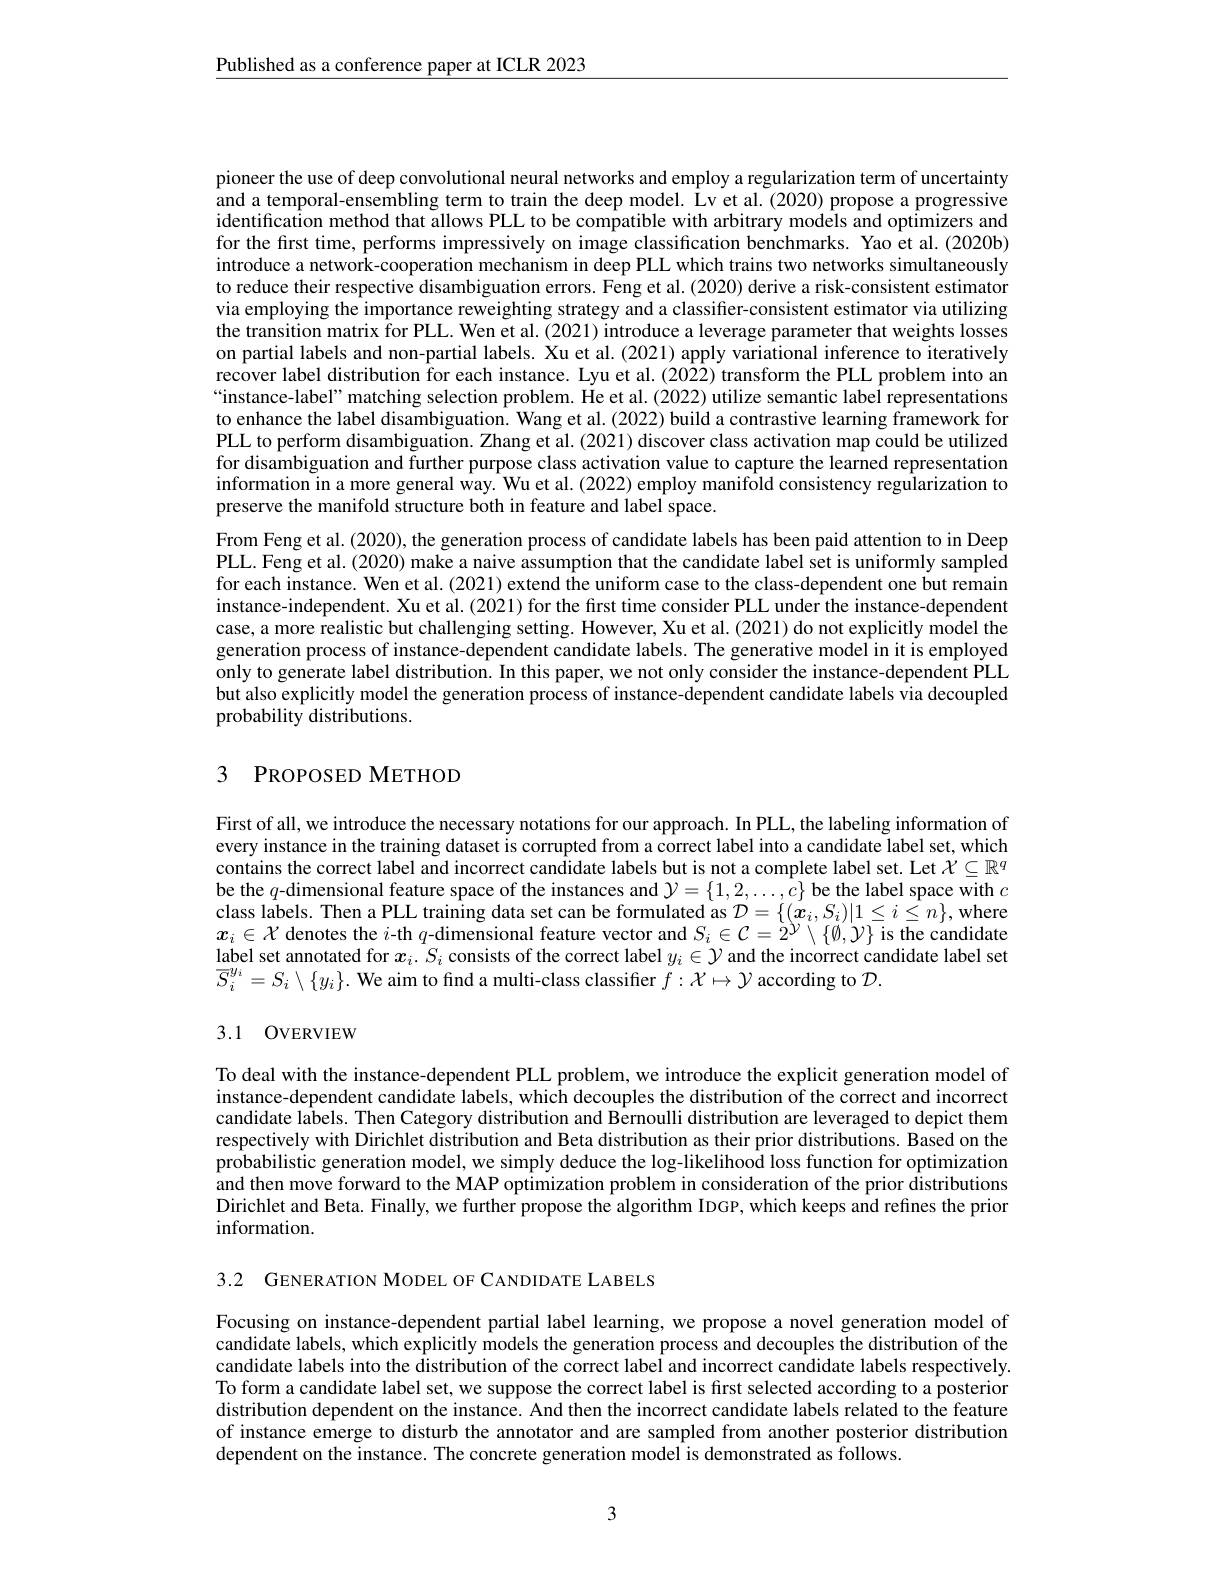
$\underline{\text{Published as a conference paper at ICLR 2023}}$

pioneer the use of deep convolutional neural networks and employ a regularization term of uncertainty and a temporal-ensembling term to train the deep model. Lv et al. (2020) propose a progressive identification method that allows PLL to be compatible with arbitrary models and optimizers and for the first time, performs impressively on image classification benchmarks. Yao et al.(2020b) introduce a network-cooperation mechanism in deep PLL which trains two networks simultaneously to reduce their respective disambiguation errors. Feng et al. (2020) derive a risk-consistent estimator via employing the importance reweighting strategy and a classifier-consistent estimator via utilizing the transition matrix for PLL. Wen et al. (2021) introduce a leverage parameter that weights losses on partial labels and non-partial labels. Xu et al.(2021) apply variational inference to iteratively recover label distribution for each instance. Lyu et al.(2022) transform the PLL problem into an “instance-label” matching selection problem. He et al. (2022) utilize semantic label representations to enhance the label disambiguation. Wang et al. (2022) build a contrastive learning framework for PLL to perform disambiguation. Zhang et al. (2021) discover class activation map could be utilized for disambiguation and further purpose class activation value to capture the learned representation information in a more general way. Wu et al. (2022) employ manifold consistency regularization to preserve the manifold structure both in feature and label space.
From Feng et al. (2020), the generation process of candidate labels has been paid attention to in Deep PLL. Feng et al. (2020) make a naive assumption that the candidate label set is uniformly sampled for each instance. Wen et al. (2021) extend the uniform case to the class-dependent one but remain instance-independent. Xu et al.(2021) for the first time consider PLL under the instance-dependent case, a more realistic but challenging setting. However, Xu et al. (2021) do not explicitly model the generation process of instance-dependent candidate labels. The generative model in it is employed only to generate label distribution. In this paper, we not only consider the instance-dependent PLL but also explicitly model the generation process of instance-dependent candidate labels via decoupled probability distributions.

## 3 PROPOSED METHOD

First of all, we introduce the necessary notations for our approach. In PLL, the labeling information of every instance in the training dataset is corrupted from a correct label into a candidate label set, which contains the correct label and incorrect candidate labels but is not a complete label set. Let $\mathcal{X}\subseteq\mathbb{R}^q$ be the $q$-dimensional feature space of the instances and $\mathcal{Y}=\{1,2,\ldots,c\}$ be the label space with $c$ class labels. Then a PLL training data set can be formulated as $\mathcal{D}=\{(\tilde{x}_i,S_i)|1\leq i\leq n\}$, where $x_i\in\mathcal{X}$ denotes the $i$-th $q$-dimensional feature vector and $S_i\in\mathcal{C}=2^{\mathcal{Y}}\setminus\{\emptyset,\mathcal{Y}\}$ is the candidate label set annotated for $x_i.S_i$ consists of the correct label $y_i\in\mathcal{Y}$ and the incorrect candidate label set $\overline{S}_{i}^{y_{i}}=S_{i}\setminus\{y_{i}\}.$ We aim to find a multi-class classifier $f:\mathcal{X}\mapsto\mathcal{Y}$ according to $\mathcal{D}.$

## 3.1 OVERVIEW

To deal with the instance-dependent PLL problem, we introduce the explicit generation model of instance-dependent candidate labels, which decouples the distribution of the correct and incorrect candidate lâbels. Then Category distribution and Bernoulli distribution are leveraged to depict them respectively with Dirichlet distribution and Beta distribution as their prior distributions. Based on the probabilistic generation model, we simply deduce the log-likelihood loss function for optimization and then move forward to the MAP optimization problem in consideration of the prior distributions Dirichlet and Beta. Finally, we further propose the algorithm IDGP, which keeps and refines the prior information.

3.2 GENERATION MODEL OF CANDIDATE LABELS

Focusing on instance-dependent partial label learning, we propose a novel generation model of candidate labels, which explicitly models the generation process and decouples the distribution of the candidate labels into the distribution of the correct label and incorrect candidate labels respectively. To form a candidate label set, we suppose the correct label is first selected according to a posterior distribution dependent on the instance. And then the incorrect candidate labels related to the feature of instance emerge to disturb the annotator and are sampled from another posterior distribution dependent on the instance. The concrete generation model is demonstrated as follows.

3